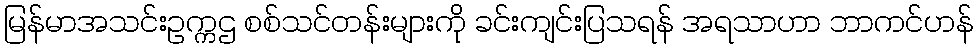
မြန်မာအသင်းဥက္ကဌ စစ်သင်တန်းများကို ခင်းကျင်းပြသရန် အရသာဟာ ဘာကင်ဟန်